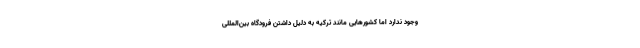
وجود ندارد اما کشورهایی مانند ترکیه به دلیل داشتن فرودگاه بین‌المللی